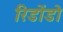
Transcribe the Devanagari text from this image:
रिडोंडो